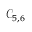
\mathcal { C } _ { 5 , 6 }